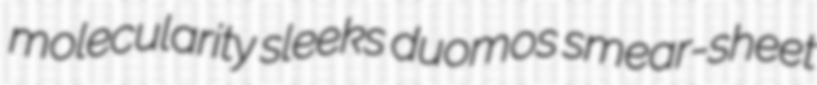
molecularity sleeks duomos smear-sheet